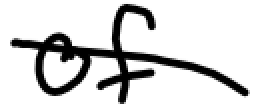
Text: of
Cross-out: diagonal
Writing tool: digital_black